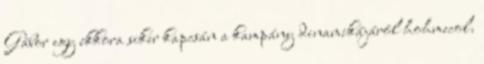
Gábor egy ekkora siker kapcsán a kampány dinamikájáról hohmecol.